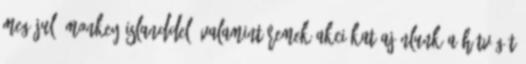
megújuló Monkey Islanddel, valamint remek akciókat ajánlunk a hétvégét